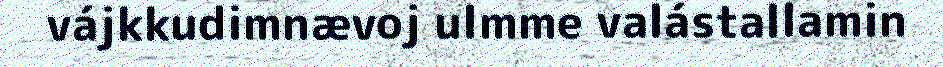
vájkkudimnævoj ulmme valástallamin